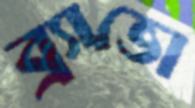
ব্র্যাভো